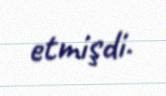
etmişdi.